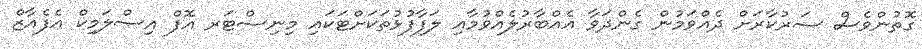
ގޮތުންވެސް ސަރުކާރަށް ދެއްވަމުން ގެންދަވާ އެއްބާރުލެއްވުމާއި ލަފާފުޅުތަކަށްޓަކައި މިނިސްޓަރ އޮފް އިސްލަމިކް އެފެއާޒް